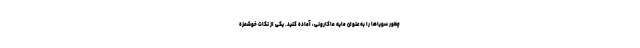
چطور سویا‌ها را به عنوان مایه ماکارونی، آماده کنید. یکی از نکات خوشمزه